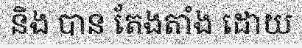
និង បាន តែងតាំង ដោយ